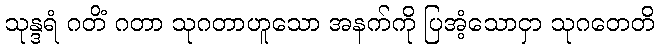
သုန္ဒရံ ဂတိံ ဂတာ သုဂတာဟူသော အနက်ကို ပြအံ့သောငှာ သုဂတေတိ